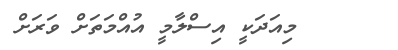
މިއަދަކީ އިސްލާމީ އުއްމަތަށް ވަރަށް